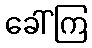
ခေါ်ကြ